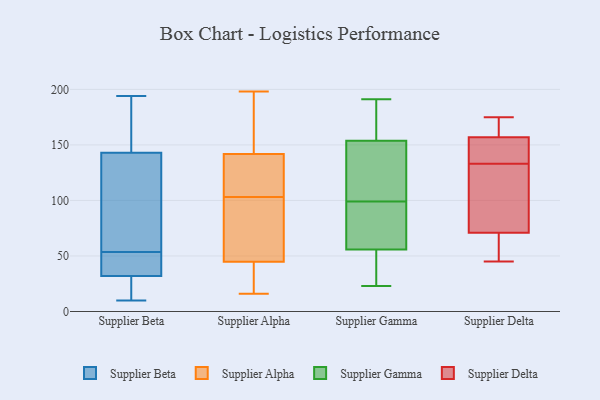
{"axis": {"x": "Bounce Rate (%)", "y": "Value"}, "legend": ["Supplier Alpha", "Supplier Beta", "Supplier Delta", "Supplier Gamma"], "data": [{"x": "", "y": 53, "type": "Supplier Beta"}, {"x": "", "y": 54, "type": "Supplier Beta"}, {"x": "", "y": 17, "type": "Supplier Beta"}, {"x": "", "y": 155, "type": "Supplier Beta"}, {"x": "", "y": 103, "type": "Supplier Beta"}, {"x": "", "y": 143, "type": "Supplier Beta"}, {"x": "", "y": 10, "type": "Supplier Beta"}, {"x": "", "y": 89, "type": "Supplier Beta"}, {"x": "", "y": 168, "type": "Supplier Beta"}, {"x": "", "y": 20, "type": "Supplier Beta"}, {"x": "", "y": 32, "type": "Supplier Beta"}, {"x": "", "y": 49, "type": "Supplier Beta"}, {"x": "", "y": 194, "type": "Supplier Beta"}, {"x": "", "y": 43, "type": "Supplier Beta"}, {"x": "", "y": 25, "type": "Supplier Alpha"}, {"x": "", "y": 165, "type": "Supplier Alpha"}, {"x": "", "y": 134, "type": "Supplier Alpha"}, {"x": "", "y": 103, "type": "Supplier Alpha"}, {"x": "", "y": 35, "type": "Supplier Alpha"}, {"x": "", "y": 116, "type": "Supplier Alpha"}, {"x": "", "y": 73, "type": "Supplier Alpha"}, {"x": "", "y": 179, "type": "Supplier Alpha"}, {"x": "", "y": 126, "type": "Supplier Alpha"}, {"x": "", "y": 17, "type": "Supplier Alpha"}, {"x": "", "y": 48, "type": "Supplier Alpha"}, {"x": "", "y": 62, "type": "Supplier Alpha"}, {"x": "", "y": 173, "type": "Supplier Alpha"}, {"x": "", "y": 198, "type": "Supplier Alpha"}, {"x": "", "y": 93, "type": "Supplier Alpha"}, {"x": "", "y": 16, "type": "Supplier Alpha"}, {"x": "", "y": 106, "type": "Supplier Alpha"}, {"x": "", "y": 23, "type": "Supplier Gamma"}, {"x": "", "y": 191, "type": "Supplier Gamma"}, {"x": "", "y": 153, "type": "Supplier Gamma"}, {"x": "", "y": 70, "type": "Supplier Gamma"}, {"x": "", "y": 38, "type": "Supplier Gamma"}, {"x": "", "y": 172, "type": "Supplier Gamma"}, {"x": "", "y": 103, "type": "Supplier Gamma"}, {"x": "", "y": 99, "type": "Supplier Gamma"}, {"x": "", "y": 40, "type": "Supplier Gamma"}, {"x": "", "y": 61, "type": "Supplier Gamma"}, {"x": "", "y": 156, "type": "Supplier Gamma"}, {"x": "", "y": 82, "type": "Supplier Gamma"}, {"x": "", "y": 109, "type": "Supplier Gamma"}, {"x": "", "y": 71, "type": "Supplier Delta"}, {"x": "", "y": 114, "type": "Supplier Delta"}, {"x": "", "y": 175, "type": "Supplier Delta"}, {"x": "", "y": 142, "type": "Supplier Delta"}, {"x": "", "y": 157, "type": "Supplier Delta"}, {"x": "", "y": 173, "type": "Supplier Delta"}, {"x": "", "y": 148, "type": "Supplier Delta"}, {"x": "", "y": 65, "type": "Supplier Delta"}, {"x": "", "y": 45, "type": "Supplier Delta"}, {"x": "", "y": 124, "type": "Supplier Delta"}]}